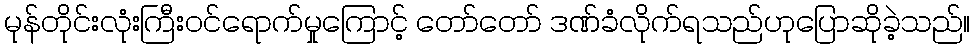
မုန်တိုင်းလုံးကြီးဝင်ရောက်မှုကြောင့် တော်တော် ဒဏ်ခံလိုက်ရသည်ဟုပြောဆိုခဲ့သည်။